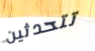
تتحدثين